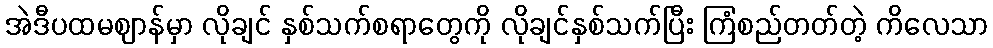
အဲဒီပထမဈာန်မှာ လိုချင် နှစ်သက်စရာတွေကို လိုချင်နှစ်သက်ပြီး ကြံစည်တတ်တဲ့ ကိလေသာ